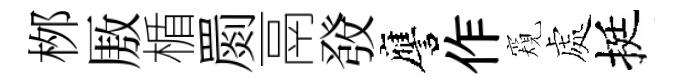
桞厫楯罽鬲𤼲譍作窺處挺